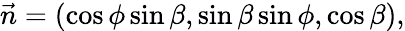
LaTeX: \vec{n}=(\cos\phi\sin\beta,\sin\beta\sin\phi,\cos\beta),